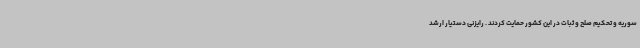
سوریه و تحکیم صلح و ثبات در این کشور حمایت کردند . رایزنی دستیار ارشد